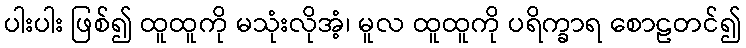
ပါးပါး ဖြစ်၍ ထူထူကို မသုံးလိုအံ့၊ မူလ ထူထူကို ပရိက္ခာရ စောဠတင်၍